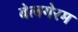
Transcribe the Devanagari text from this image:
बेलगेरम